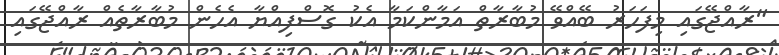
"ރާއްޖޭގައި މިފަހަރު ބޭއްވޭ މުބާރާތް އަމާންކަމާ އެކު ގޮސްފިއްޔާ އެހެން މުބާރާތެއް ރާއްޖޭގައި